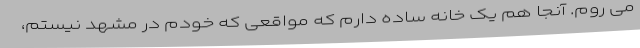
می روم. آنجا هم یک خانه ساده دارم که مواقعی که خودم در مشهد نیستم،